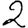
Digit: 2